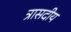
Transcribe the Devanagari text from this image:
त्रासदीय